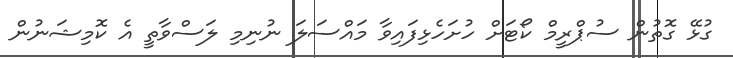
ގުޅޭ ގޮތުން ސުޕްރީމް ކޯޓަށް ހުށަހެޅިފައިވާ މައްސަލަ ނުނިމި ލަސްވާތީ އެ ކޮމިޝަނުން